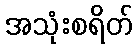
အသုံးစရိတ်